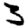
Digit: 3